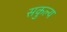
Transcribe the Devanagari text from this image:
सकुल्य